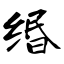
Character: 缗